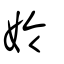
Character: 姈